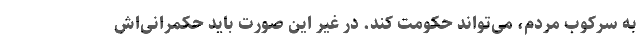
به سرکوب مردم، می‌تواند حکومت کند. در غیر این صورت باید حکمرانی‌اش